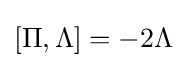
[\Pi ,\Lambda ]=-2\Lambda